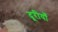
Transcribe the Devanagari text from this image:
दूरीयाँ